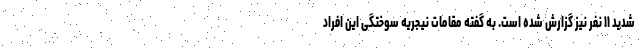
شدید ۱۱ نفر نیز گزارش شده است. به گفته مقامات نیجریه سوختگی این افراد